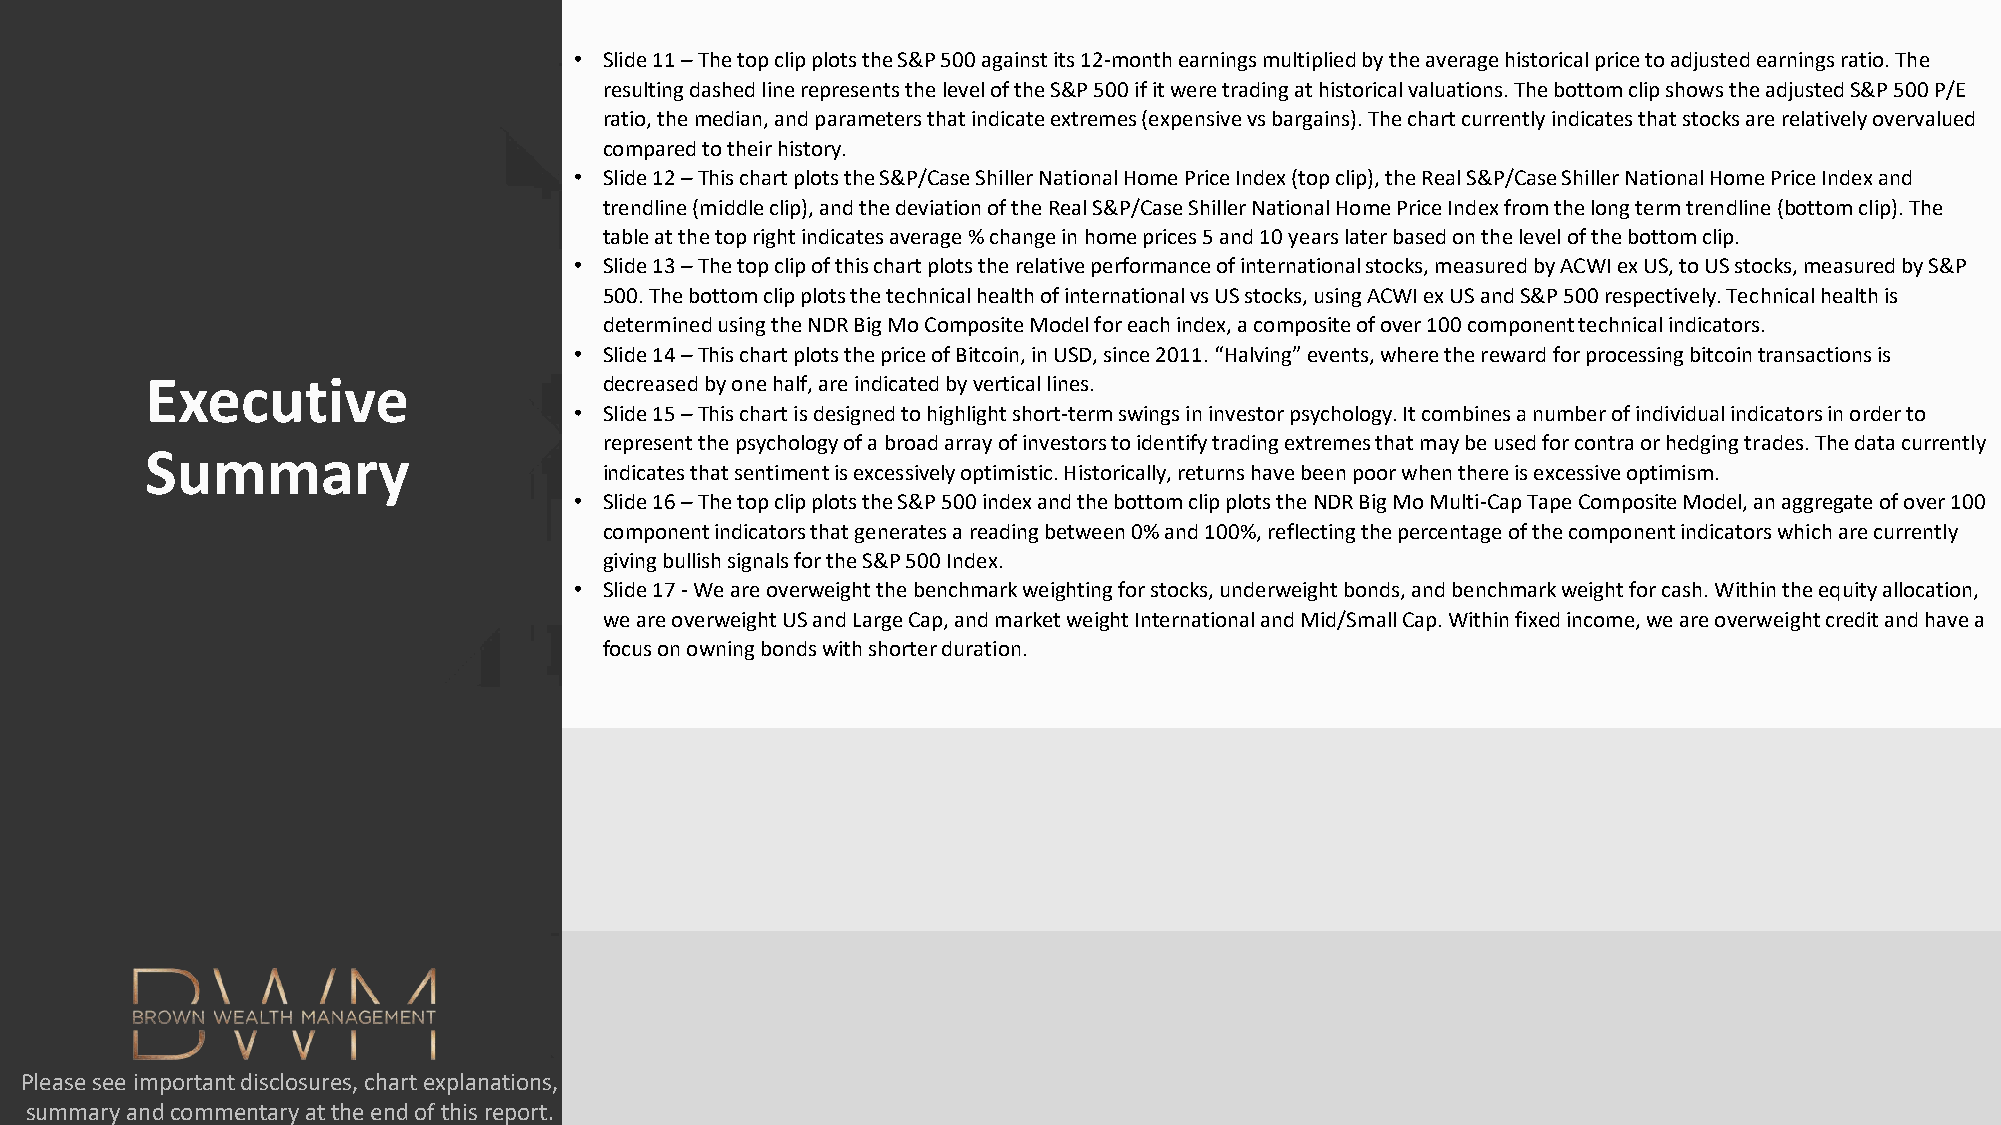
• Slide 11 –The top clip plots the S&P 500 against its 12-month earnings multiplied by the average historical price to adjusted earnings ratio. The
 resulting dashed line represents the level of the S&P 500 if it were trading at historical valuations. The bottom clip shows theadjusted S&P 500 P/E
 ratio, the median, and parameters that indicate extremes (expensive vs bargains). The chart currently indicates that stocks are relatively overvalued
 compared to their history.
 • Slide 12 –This chart plots the S&P/Case Shiller National Home Price Index (top clip), the Real S&P/Case Shiller National Home Price Index and
 trendline (middle clip), and the deviation of the Real S&P/Case Shiller National Home Price Index from the long term trendline (bottom clip). The
 table at the top right indicates average % change in home prices 5 and 10 years later based on the level of the bottom clip.
 • Slide 13 –The top clip of this chart plots the relative performance of international stocks, measured by ACWI ex US, to US stocks, measured by S&P
 500. The bottom clip plots the technical health of international vs US stocks, using ACWI ex US and S&P 500 respectively. Technical health is
 determined using the NDR Big Mo Composite Model for each index, a composite of over 100 component technical indicators.
 • Slide 14 –This chart plots the price of Bitcoin, in USD, since 2011. “Halving” events, where the reward for processing bitcoin transactions is
 Executive                     decreased by one half, are indicated by vertical lines.
 • Slide 15 –This chart is designed to highlight short-term swings in investor psychology. It combines a number of individual indicators in order to
 represent the psychology of a broad array of investors to identify trading extremes that may be used for contra or hedging trades. The data currently
 Summary
 indicates that sentiment is excessively optimistic. Historically, returns have been poor when there is excessive optimism.
 • Slide 16 –The top clip plots the S&P 500 index and the bottom clip plots the NDR Big Mo Multi-Cap Tape Composite Model, an aggregate of over 100
 component indicators that generates a reading between 0% and 100%, reflecting the percentage of the component indicators which are currently
 giving bullish signals for the S&P 500 Index.
 • Slide 17 -We are overweight the benchmark weighting for stocks, underweight bonds, and benchmark weight for cash. Within the equity allocation,
 we are overweight US and Large Cap, and market weight International and Mid/Small Cap. Within fixed income, we are overweightcredit and have a
 focus on owning bonds with shorter duration.
 Please see important disclosures, chart explanations,
 summary and commentary at the end of this report.